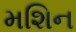
મશિન